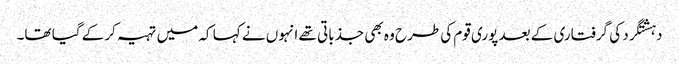
دہشتگرد کی گرفتاری کے بعد پوری قوم کی طرح وہ بھی جذباتی تھے انہوں نے کہا کہ میں تہیہ کرکے گیا تھا۔